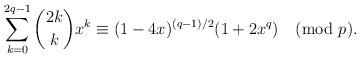
LaTeX: \begin{align*}\sum_{k=0}^{2q-1}\binom{2k}{k}x^k\equiv(1-4x)^{(q-1)/2}(1+2x^q)\pmod{p}.\end{align*}